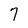
Character: 7